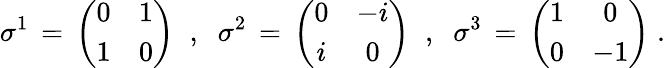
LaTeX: \sigma^{1}\, =\, \left(\begin{array}{cc}{{0}}&{{1}}\\ {{1}}&{{0}}\end{array}\right)\; \; ,\; \; \sigma^{2}\, =\, \left(\begin{array}{cc}{{0}}&{{-i}}\\ {{i}}&{{0}}\end{array}\right)\; \; ,\; \; \sigma^{3}\, =\, \left(\begin{array}{cc}{{1}}&{{0}}\\ {{0}}&{{-1}}\end{array}\right)\; .